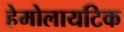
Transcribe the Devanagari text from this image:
हेमोलायटिक